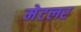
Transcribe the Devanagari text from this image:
मेटलर